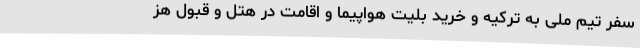
سفر تیم ملی به ترکیه و خرید بلیت هواپیما و اقامت در هتل و قبول هز